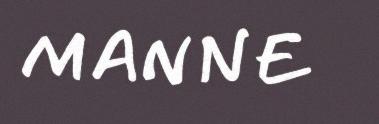
MANNE